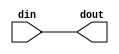
// ==============================================================
// File generated by Vivado(TM) HLS - High-Level Synthesis from C, C++ and SystemC
// Version: 2016.3
// Copyright (C) 1986-2016 Xilinx, Inc. All Rights Reserved.
// 
// ==============================================================

`timescale 1ns/1ps

module udpLoopbackWithTags_ap_rst_if
#(parameter
    RESET_ACTIVE_LOW = 0
)(
    input  wire din,
    output wire dout
);

assign dout = (RESET_ACTIVE_LOW == 1)? ~din : din;

endmodule